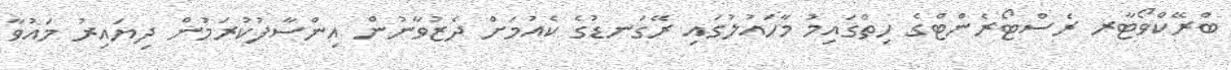
ބްރޭކްވޯޓާރ ރެސްޓޯރެންޓްގެ ހިތްގައިމު މާހައުލުގައި ރޭގަނޑުގެ ކެއުމަށް ދެޒުވާނުން އިންސާފުކުރަމުން ދިޔައިރު މައުވާ